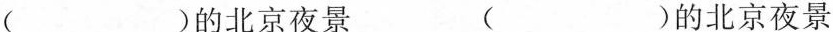
（ ）的北京夜景 （ ）的北京夜景